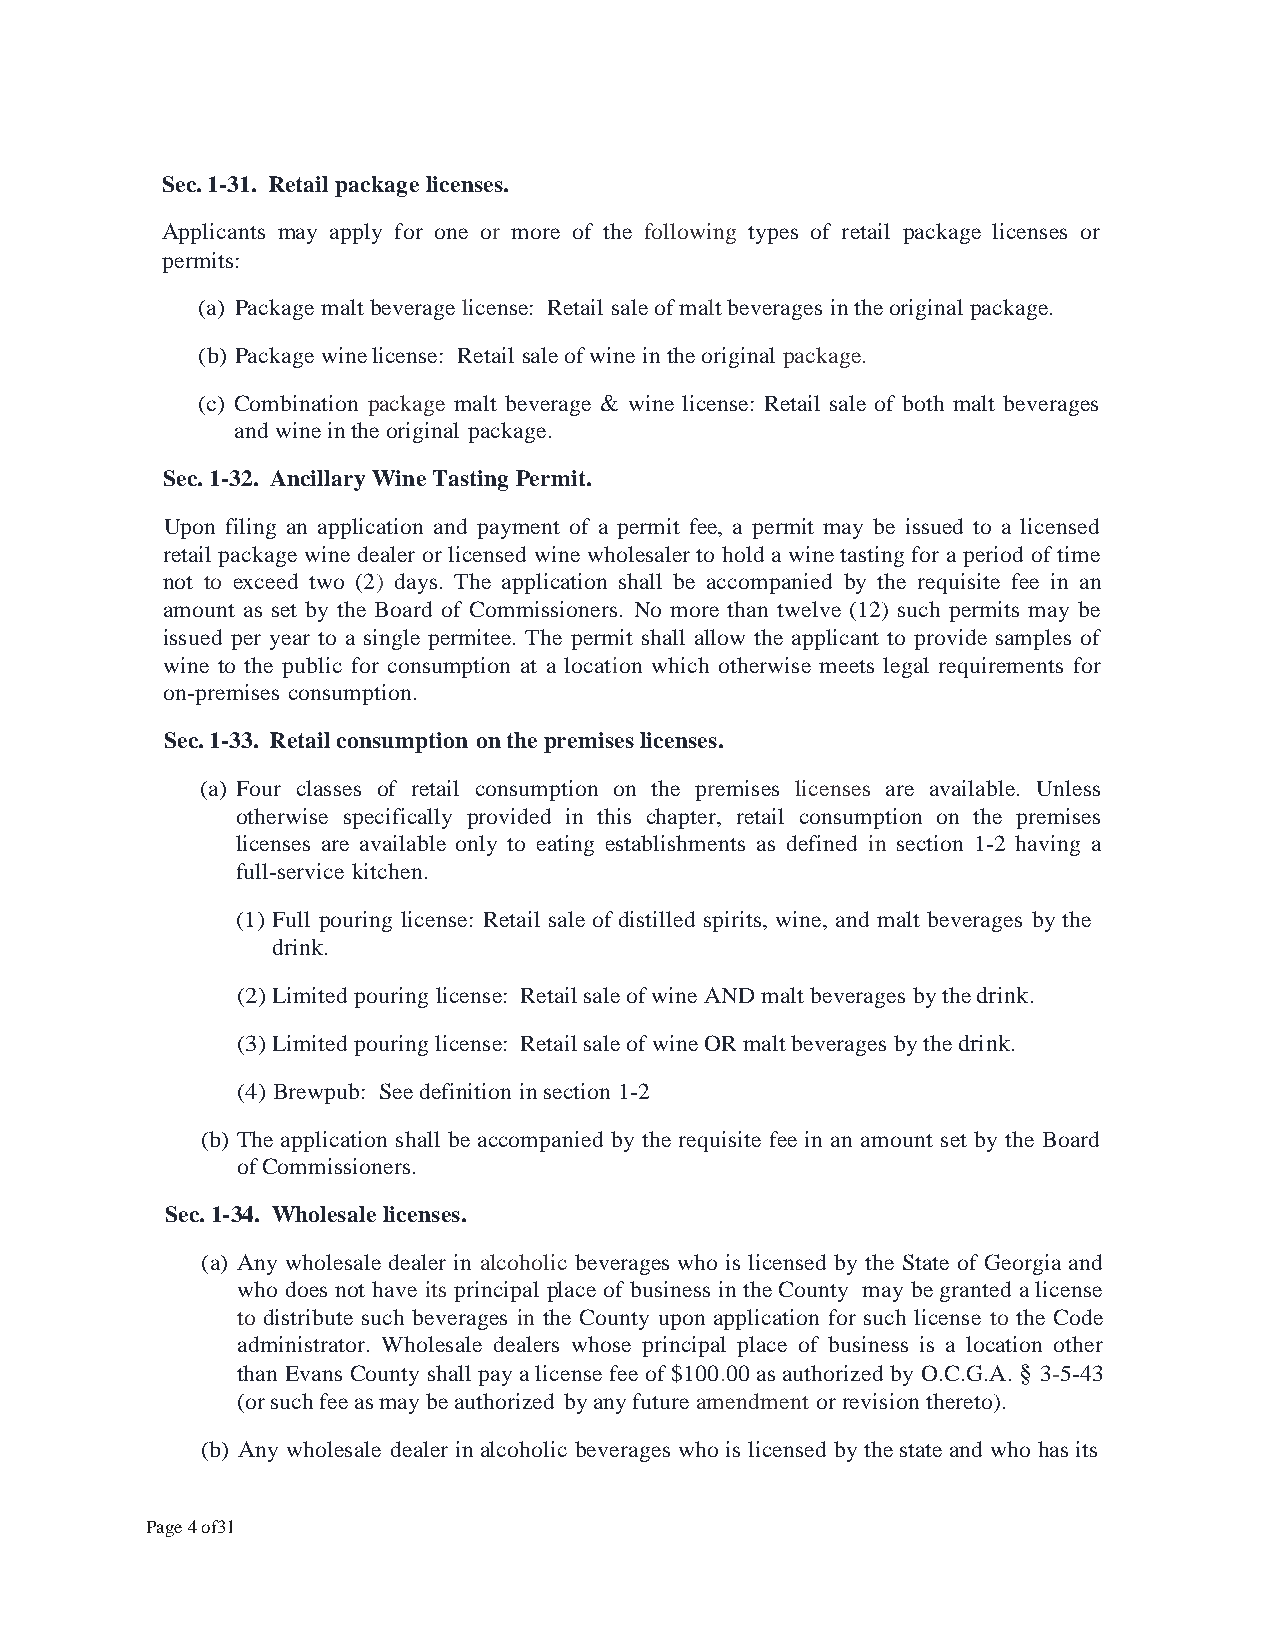
Sec. 1-31. Retail package licenses.
 Applicants may apply for one or more of the following types of retail package licenses or
 permits:
 (a) Package malt beverage license: Retail sale of malt beverages in the original package.
 (b) Package wine license: Retail sale of wine in the original package.
 (c) Combination package malt beverage & wine license: Retail sale of both malt beverages
 and wine in the original package.
 Sec. 1-32. Ancillary Wine Tasting Permit.
 Upon filing an application and payment of a permit fee, a permit may be issued to a licensed
 retail package wine dealer or licensed wine wholesaler to hold a wine tasting for a period of time
 not to exceed two (2) days. The application shall be accompanied by the requisite fee in an
 amount as set by the Board of Commissioners. No more than twelve (12) such permits may be
 issued per year to a single permitee. The permit shall allow the applicant to provide samples of
 wine to the public for consumption at a location which otherwise meets legal requirements for
 on-premises consumption.
 Sec. 1-33. Retail consumption on the premises licenses.
 (a) Four classes of retail consumption on the premises licenses are available. Unless
 otherwise specifically provided in this chapter, retail consumption on the premises
 licenses are available only to eating establishments as defined in section 1-2 having a
 full-service kitchen.
 (1) Full pouring license: Retail sale of distilled spirits, wine, and malt beverages by the
 drink.
 (2) Limited pouring license: Retail sale of wine AND malt beverages by the drink.
 (3) Limited pouring license: Retail sale of wine OR malt beverages by the drink.
 (4) Brewpub: See definition in section 1-2
 (b) The application shall be accompanied by the requisite fee in an amount set by the Board
 of Commissioners.
 Sec. 1-34. Wholesale licenses.
 (a) Any wholesale dealer in alcoholic beverages who is licensed by the State of Georgia and
 who does not have its principal place of business in the County may be granted a license
 to distribute such beverages in the County upon application for such license to the Code
 administrator. Wholesale dealers whose principal place of business is a location other
 than Evans County shall pay a license fee of $100.00 as authorized by O.C.G.A. § 3-5-43
 (or such fee as may be authorized by any future amendment or revision thereto).
 (b) Any wholesale dealer in alcoholic beverages who is licensed by the state and who has its
 Page 4 of31